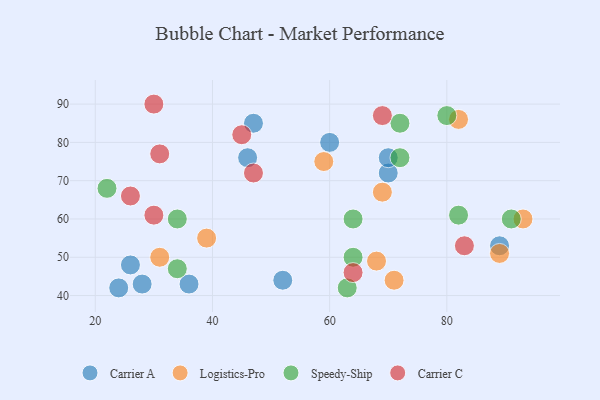
{"axis": {"x": "GDP", "y": "Life Expectancy"}, "legend": ["Carrier A", "Carrier C", "Logistics-Pro", "Speedy-Ship"], "data": [{"x": "60", "y": 80, "type": "Carrier A"}, {"x": "26", "y": 48, "type": "Carrier A"}, {"x": "36", "y": 43, "type": "Carrier A"}, {"x": "46", "y": 76, "type": "Carrier A"}, {"x": "28", "y": 43, "type": "Carrier A"}, {"x": "24", "y": 42, "type": "Carrier A"}, {"x": "70", "y": 72, "type": "Carrier A"}, {"x": "52", "y": 44, "type": "Carrier A"}, {"x": "47", "y": 85, "type": "Carrier A"}, {"x": "70", "y": 76, "type": "Carrier A"}, {"x": "89", "y": 53, "type": "Carrier A"}, {"x": "93", "y": 60, "type": "Logistics-Pro"}, {"x": "82", "y": 86, "type": "Logistics-Pro"}, {"x": "89", "y": 51, "type": "Logistics-Pro"}, {"x": "59", "y": 75, "type": "Logistics-Pro"}, {"x": "31", "y": 50, "type": "Logistics-Pro"}, {"x": "71", "y": 44, "type": "Logistics-Pro"}, {"x": "39", "y": 55, "type": "Logistics-Pro"}, {"x": "68", "y": 49, "type": "Logistics-Pro"}, {"x": "69", "y": 67, "type": "Logistics-Pro"}, {"x": "34", "y": 60, "type": "Speedy-Ship"}, {"x": "72", "y": 76, "type": "Speedy-Ship"}, {"x": "82", "y": 61, "type": "Speedy-Ship"}, {"x": "34", "y": 47, "type": "Speedy-Ship"}, {"x": "64", "y": 50, "type": "Speedy-Ship"}, {"x": "22", "y": 68, "type": "Speedy-Ship"}, {"x": "80", "y": 87, "type": "Speedy-Ship"}, {"x": "63", "y": 42, "type": "Speedy-Ship"}, {"x": "91", "y": 60, "type": "Speedy-Ship"}, {"x": "72", "y": 85, "type": "Speedy-Ship"}, {"x": "64", "y": 60, "type": "Speedy-Ship"}, {"x": "31", "y": 77, "type": "Carrier C"}, {"x": "30", "y": 61, "type": "Carrier C"}, {"x": "64", "y": 46, "type": "Carrier C"}, {"x": "47", "y": 72, "type": "Carrier C"}, {"x": "83", "y": 53, "type": "Carrier C"}, {"x": "26", "y": 66, "type": "Carrier C"}, {"x": "45", "y": 82, "type": "Carrier C"}, {"x": "69", "y": 87, "type": "Carrier C"}, {"x": "30", "y": 90, "type": "Carrier C"}]}